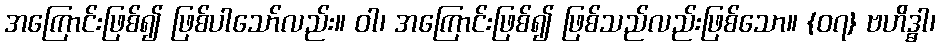
အကြောင်းဖြစ်၍ ဖြစ်ပါသော်လည်း။ ဝါ၊ အကြောင်းဖြစ်၍ ဖြစ်သည်လည်းဖြစ်သော။ {၀၇} ဗဟိဒ္ဓာ၊